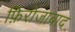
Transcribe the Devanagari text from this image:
फ़िरोजाबाद